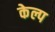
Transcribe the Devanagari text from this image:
केल्प